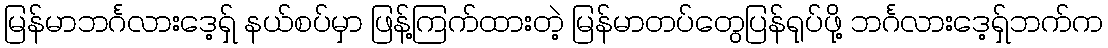
မြန်မာဘင်္ဂလားဒေ့ရှ် နယ်စပ်မှာ ဖြန့်ကြက်ထားတဲ့ မြန်မာတပ်တွေပြန်ရုပ်ဖို့ ဘင်္ဂလားဒေ့ရှ်ဘက်က